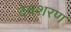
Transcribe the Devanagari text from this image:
देवशरण